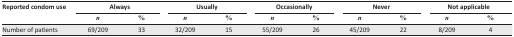
<table><thead><tr><td rowspan="2"><b>Reported condom use</b></td><td colspan="2"><b>Always</b></td><td colspan="2"><b>Usually</b></td><td colspan="2"><b>Occasionally</b></td><td colspan="2"><b>Never</b></td><td colspan="2"><b>Not applicable</b></td></tr><tr><td><b><i>n</i></b></td><td><b>%</b></td><td><b><i>n</i></b></td><td><b>%</b></td><td><b><i>n</i></b></td><td><b>%</b></td><td><b><i>n</i></b></td><td><b>%</b></td><td><b><i>n</i></b></td><td><b>%</b></td></tr></thead><tbody><tr><td>Number of patients</td><td>69/209</td><td>33</td><td>32/209</td><td>15</td><td>55/209</td><td>26</td><td>45/209</td><td>22</td><td>8/209</td><td>4</td></tr></tbody></table>